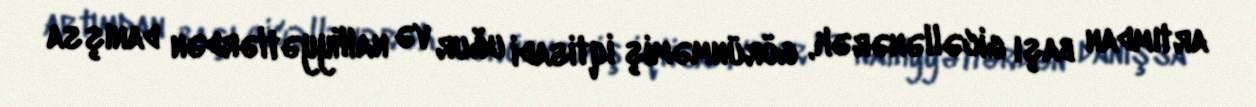
artımdan başı gicəllənərək, görünməmiş iqtisadi uğur və nailiyyətlərdən danışsa